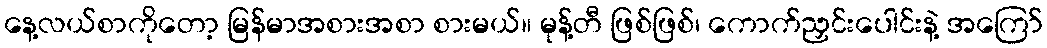
နေ့လယ်စာကိုတော့ မြန်မာအစားအစာ စားမယ်။ မုန့်တီ ဖြစ်ဖြစ်၊ ကောက်ညှင်းပေါင်းနဲ့ အကြော်